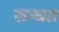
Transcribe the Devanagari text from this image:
सम्‍वत